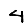
Digit: 4